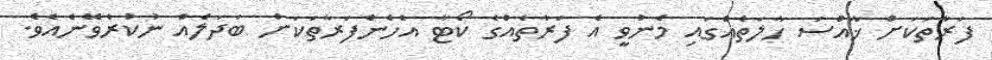
ފަރާތަކަށް ޚާއްސަ ހާލަތެއްގައި މެނުވީ އެ ފަރާތެއްގެ ކޯޓާ އެހެންފަރާތަކަށް ބަދަލެއް ނުކުރެވޭނެއެވެ.